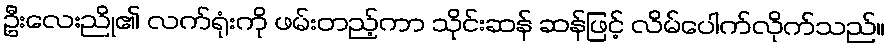
ဦးလေးညို၏ လက်ရုံးကို ဖမ်းတည့်ကာ သိုင်းဆန် ဆန်ဖြင့် လိမ်ပေါက်လိုက်သည်။